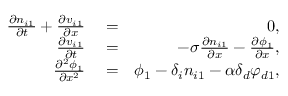
\begin{array} { r l r } { \frac { \partial n _ { i 1 } } { \partial t } + \frac { \partial v _ { i 1 } } { \partial x } } & { { } = } & { 0 , } \\ { \frac { \partial v _ { i 1 } } { \partial t } } & { { } = } & { - \sigma \frac { \partial n _ { i 1 } } { \partial x } - \frac { \partial \phi _ { 1 } } { \partial x } , } \\ { \frac { \partial ^ { 2 } \phi _ { 1 } } { \partial x ^ { 2 } } } & { { } = } & { \phi _ { 1 } - \delta _ { i } n _ { i 1 } - \alpha \delta _ { d } \varphi _ { d 1 } , } \end{array}